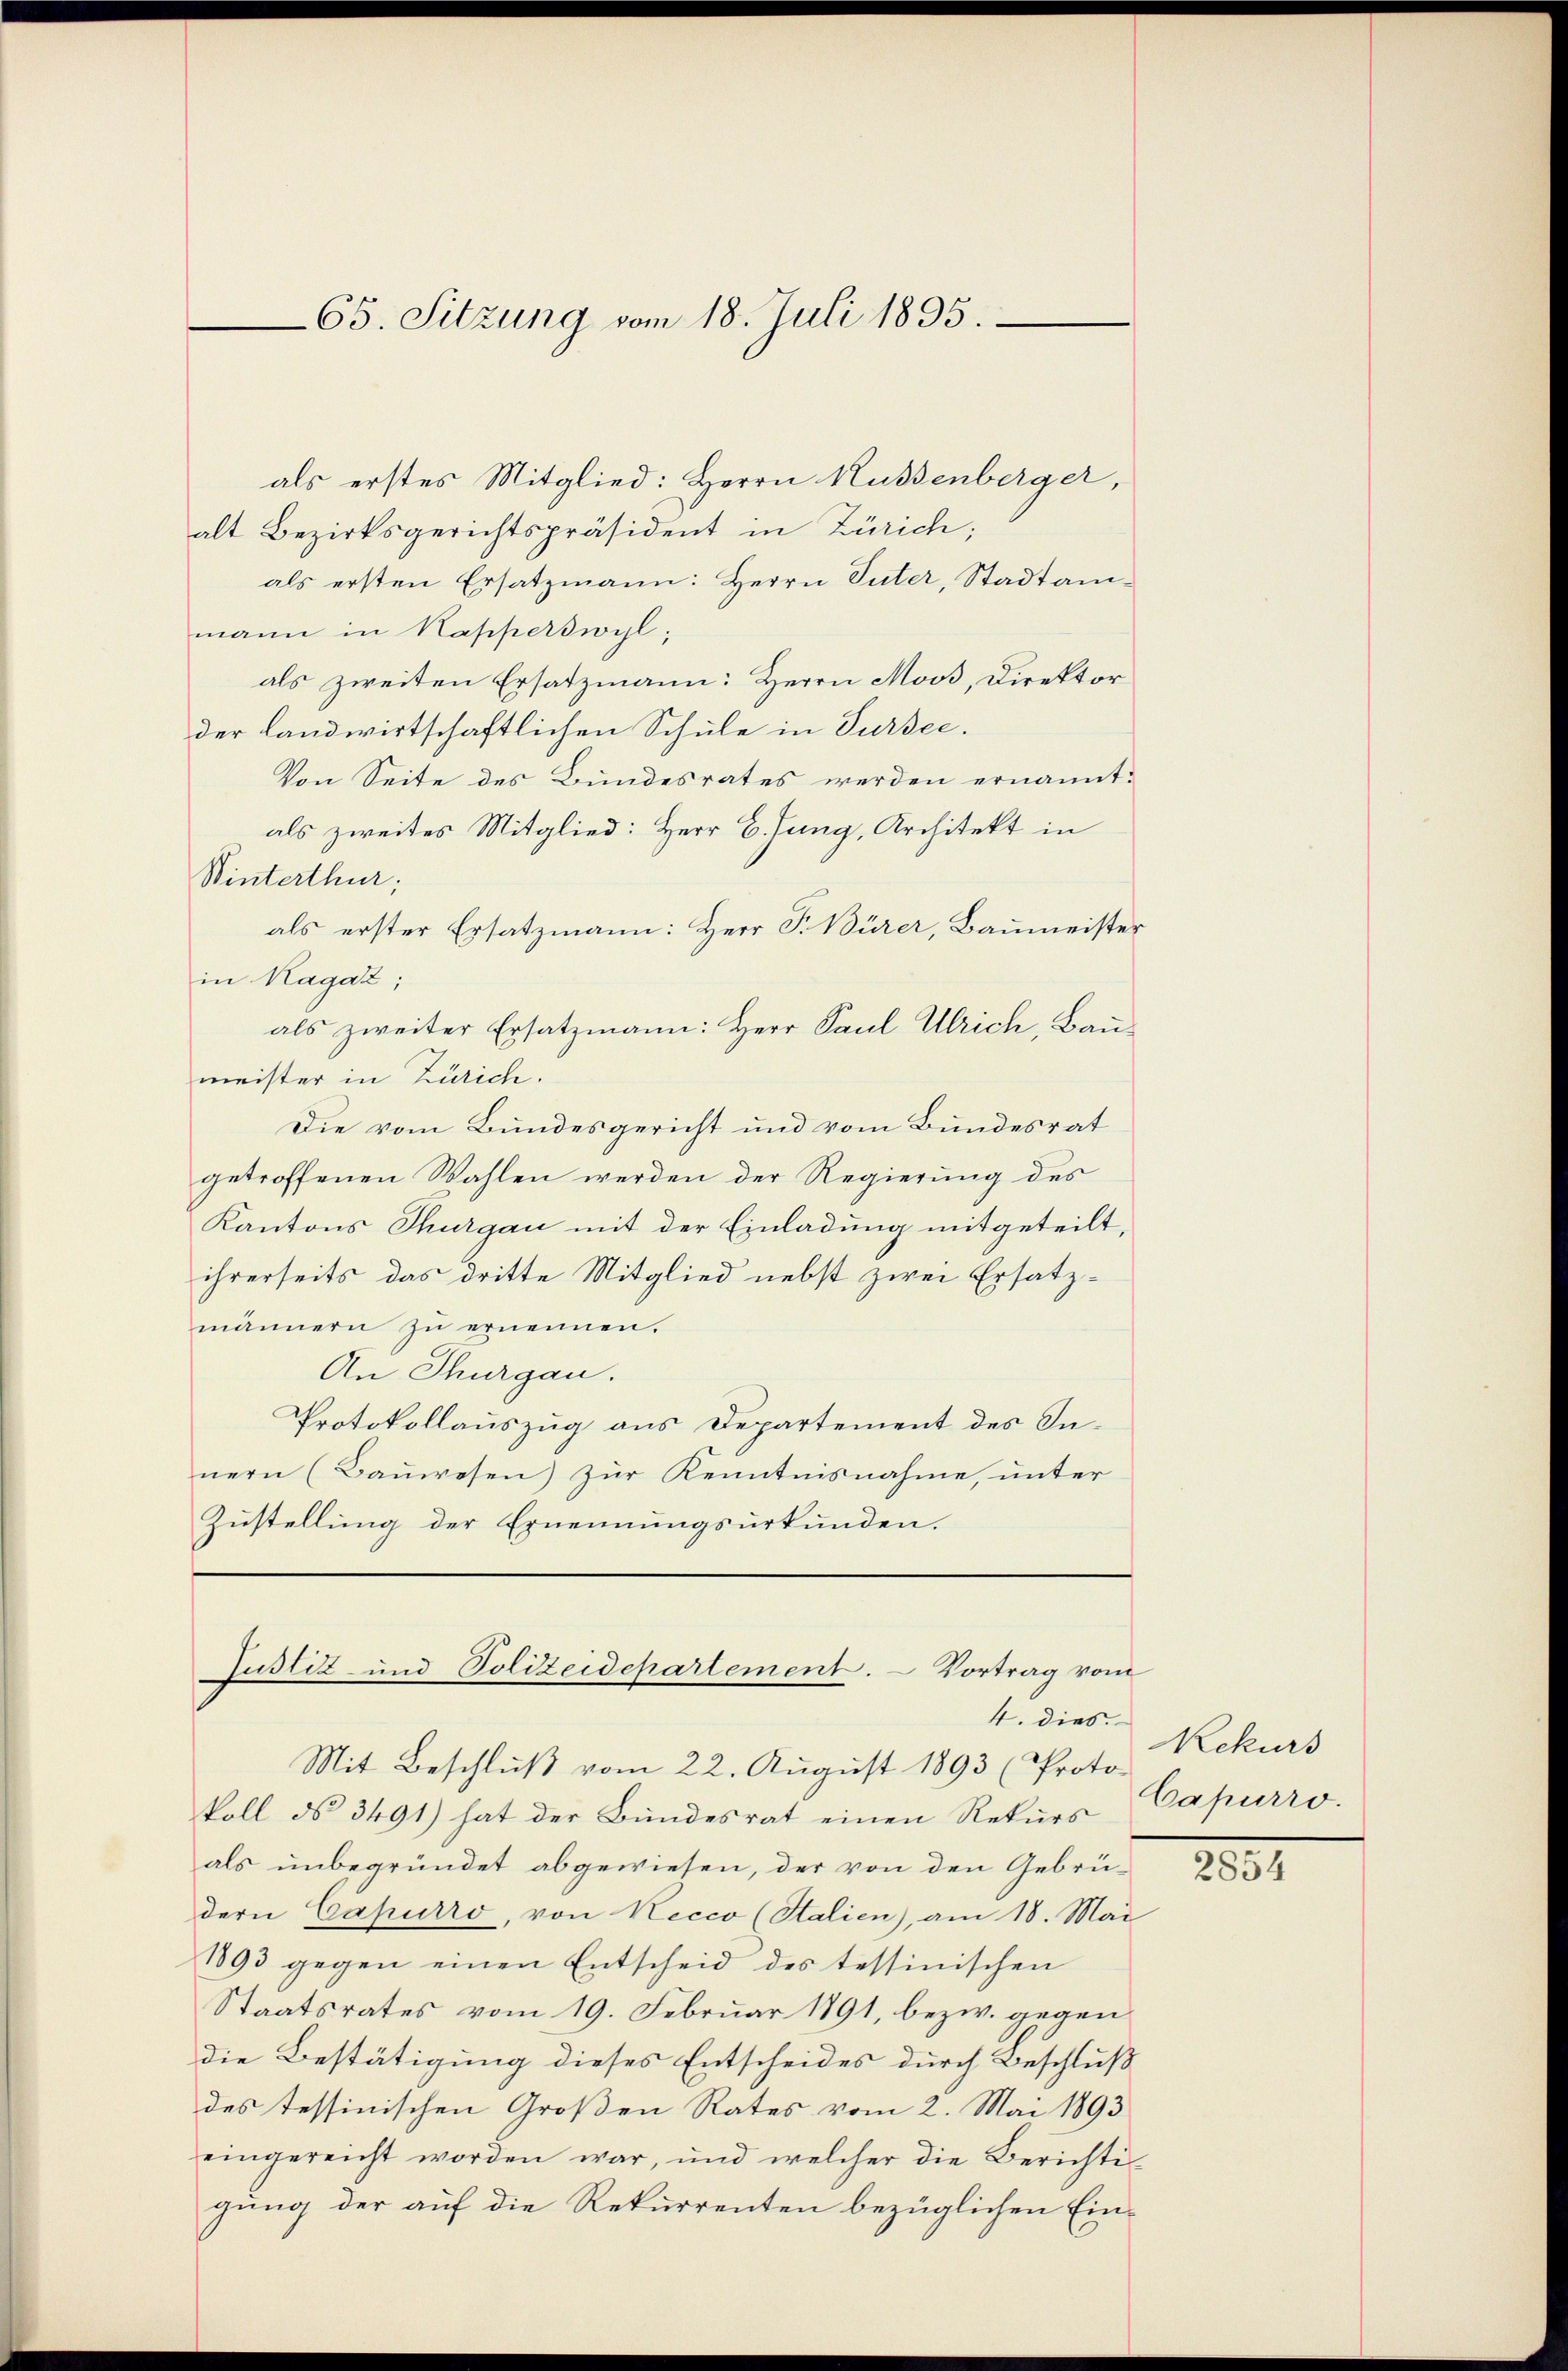
65. Sitzung vom 18. Juli 1895.

als erstes Mitglied: Herrn Russenberger,
alt Bezirksgerichtspräsident in Zürich;
als ersten Ersatzmann: Herrn Suter, Stadtammann in Kapperswyl,
als zweiten Ersatzmann: Herrn Moos, Direktor
der Landwirtschaftlichen Schule in Sursee.
Von Seite des Bundesrates werden ernannt:
als zweites Mitglied: Herr C. Jung, Architekt in
Winterthur;
als erster Ersatzmann: Herr P. Bürer, Baŭmeister
in Magaz;
als zweiter Ersatzmann: Herr Paul Ulrich, Baumeister in Zürich.
Die vom Bundesgericht und vom Bundesrat
getroffenen Wahlen werden der Regierung des
Kantons Thurgau mit der Einladung mitgeteilt,
ihrerseits das dritte Mitglied nebst zwei Ersatzmännern zu ernennen.
An Thurgau.
Protokollauszug aus Departement des Innern (Bauwesen) zur Kenntnisnahme, unter
Zustellung der Ernennungsurkunden.

Justiz- und Polizeidepartement. – Vortrag vom
4. dies

Mit Beschlŭβ vom 22. Aŭgŭst 1893 (Proto-
koll ds 3491) hat der Bundesrat einen Rekurs
als unbegründet abgewiesen, der von den Gebrüdern Capurro, von Recco (Stalien), am 18. Mai
1893 gegen einen Entscheid des tessinischen
Staatsrates vom 19. Februar 1891, bezw. gegen
die Bestätigung dieses Entscheides durch Beschluß
des tessinischen Großen Rates vom 2. Mai 1893
eingereicht worden war, und welcher die Berichti
gung der auf die Rekurrenten bezüglichen Ein¬

Rekurs
Capurro.

2854